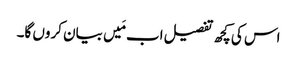
اس کی کچھ تفصیل اب مَیں بیان کروں گا۔